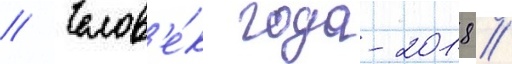
// Челов'е́к года-2018 //